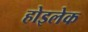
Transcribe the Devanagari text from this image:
होइलेक